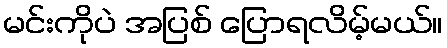
မင်းကိုပဲ အပြစ် ပြောရလိမ့်မယ်။